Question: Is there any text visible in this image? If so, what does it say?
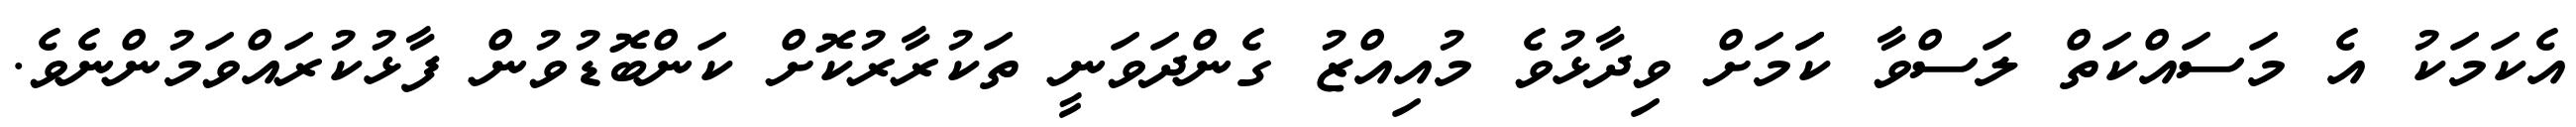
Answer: އެކަމަކު އެ މަސައްކަތް ލަސްވާ ކަަމަށް ވިދާޅުވެ މުއިއްޒު ގެންދަވަނީ ތަކުރާރުކޮށް ކަންބޮޑުވުން ފާޅުކުރައްވަމުންނެވެ.